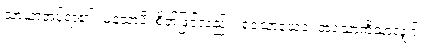
သာယာအပ်ရာ၏။ မနသာပိ၊ စိတ်ဖြင့်လည်း။ ရသောယေဝ၊ အရသာကိုသာလျှင်။